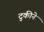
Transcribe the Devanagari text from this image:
टुकीने